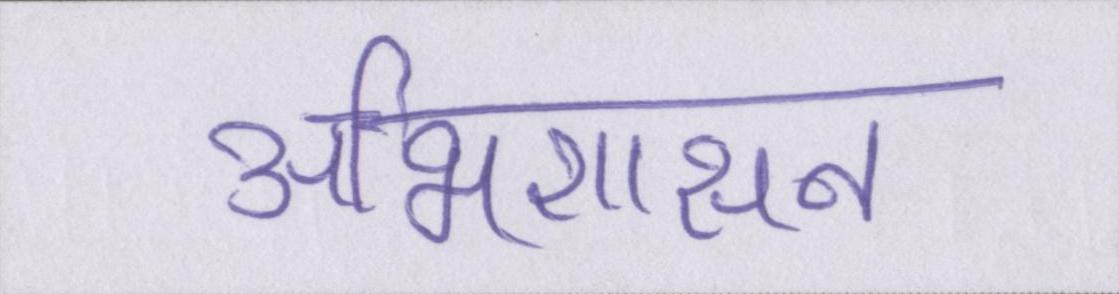
अभिशासन